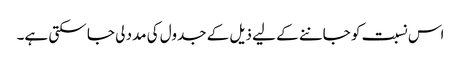
اس نسبت کو جاننے کے لیے ذیل کے جدول کی مدد لی جا سکتی ہے۔